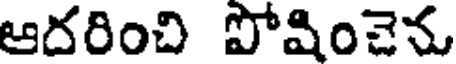
ఆదరించి పోషించెను